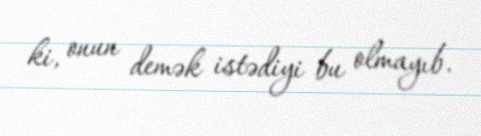
ki, onun demək istədiyi bu olmayıb.